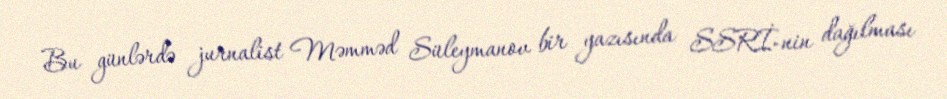
Bu günlərdə jurnalist Məmməd Süleymanov bir yazısında SSRİ-nin dağılması